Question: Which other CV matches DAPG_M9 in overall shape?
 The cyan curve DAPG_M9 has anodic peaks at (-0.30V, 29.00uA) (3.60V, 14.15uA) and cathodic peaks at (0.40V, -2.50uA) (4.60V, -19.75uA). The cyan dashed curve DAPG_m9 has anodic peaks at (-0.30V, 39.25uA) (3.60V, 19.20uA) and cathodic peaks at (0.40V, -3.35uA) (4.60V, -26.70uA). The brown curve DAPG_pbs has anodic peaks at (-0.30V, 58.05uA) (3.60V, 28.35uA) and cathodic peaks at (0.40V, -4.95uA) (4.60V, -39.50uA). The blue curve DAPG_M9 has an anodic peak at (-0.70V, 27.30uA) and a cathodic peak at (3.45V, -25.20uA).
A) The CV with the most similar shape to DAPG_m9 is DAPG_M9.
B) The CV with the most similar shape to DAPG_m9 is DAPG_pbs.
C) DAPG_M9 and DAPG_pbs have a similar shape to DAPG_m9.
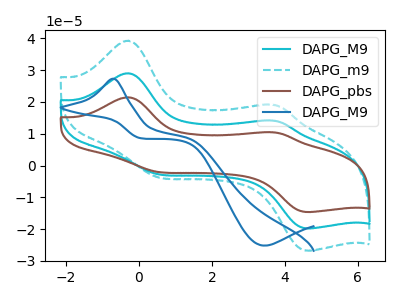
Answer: <think>All the peaks in "DAPG_M9" have a peak in "DAPG_m9" at the same potential. Every peak in "DAPG_M9" is lower than every peak in "DAPG_m9". All the peaks in "DAPG_M9" have a peak in "DAPG_pbs" at the same potential. Every peak in "DAPG_M9" is lower than every peak in "DAPG_pbs". "DAPG_M9" and "DAPG_M9" have a different number of peaks. All the peaks in "DAPG_m9" have a peak in "DAPG_pbs" at the same potential. Every peak in "DAPG_m9" is lower than every peak in "DAPG_pbs". "DAPG_m9" and "DAPG_M9" have a different number of peaks. "DAPG_pbs" and "DAPG_M9" have a different number of peaks.
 </think>
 <answer>C) "DAPG_M9" and "DAPG_pbs" have a similar shape to "DAPG_m9".</answer>
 <eval>C</eval>